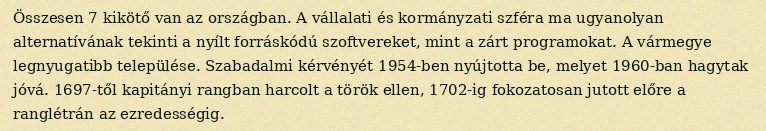
Összesen 7 kikötő van az országban. A vállalati és kormányzati szféra ma ugyanolyan alternatívának tekinti a nyílt forráskódú szoftvereket, mint a zárt programokat. A vármegye legnyugatibb települése. Szabadalmi kérvényét 1954-ben nyújtotta be, melyet 1960-ban hagytak jóvá. 1697-től kapitányi rangban harcolt a török ellen, 1702-ig fokozatosan jutott előre a ranglétrán az ezredességig.